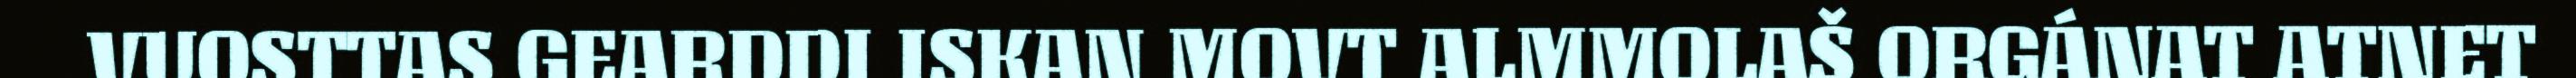
VUOSTTAS GEARDDI ISKAN MOVT ALMMOLAŠ ORGÁNAT ATNET